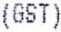
(GST)